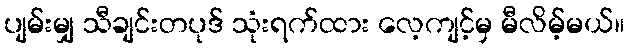
ပျမ်းမျှ သီချင်းတပုဒ် သုံးရက်ထား လေ့ကျင့်မှ မီလိမ့်မယ်။